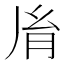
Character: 𦙍